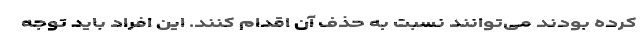
کرده بودند می‌توانند نسبت به حذف آن اقدام کنند. این افراد باید توجه